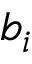
b _ { i }